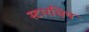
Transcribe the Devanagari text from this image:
स्टारचिप